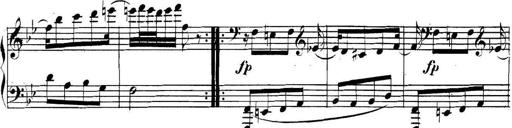
Title: Collected Piano Sonatas
Composer: Muzio Clementi